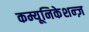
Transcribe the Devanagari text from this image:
कम्यूनिकेशन्ज़